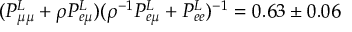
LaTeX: ( P _ { \mu \mu } ^ { L } + \rho { P _ { e \mu } ^ { L } } ) ( \rho ^ { - 1 } P _ { e \mu } ^ { L } + P _ { e e } ^ { L } ) ^ { - 1 } = 0 . 6 3 \pm 0 . 0 6